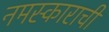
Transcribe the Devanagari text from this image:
नमस्काराची